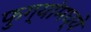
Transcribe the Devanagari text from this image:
फुग्यांमध्ये